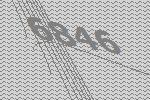
6846